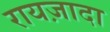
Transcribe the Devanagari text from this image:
रायज़ादा